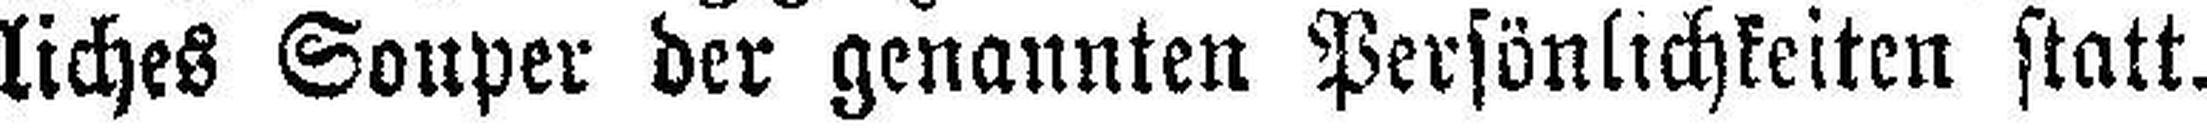
liches Souper der genannten Persönlichkeiten statt.